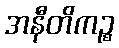
အနီတိကဉ္စ